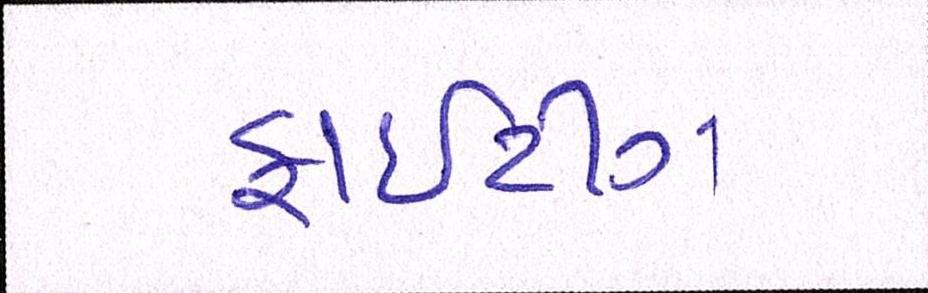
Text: ફાઈટીંગ